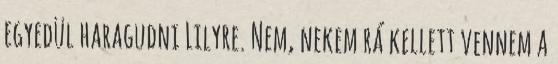
egyedül haragudni Lilyre. Nem, nekem rá kellett vennem a